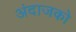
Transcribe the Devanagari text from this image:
अंदाजको